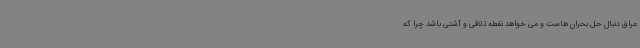
عراق دنبال حل بحران هاست و می خواهد نقطه تلاقی و آشتی باشد چرا که